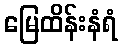
မြေထိန်းနံရံ